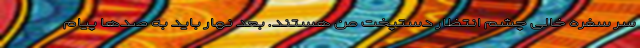
سر سفره خالی چشم انتظار دستپخت من هستند. بعد نهار باید به صدها پیام